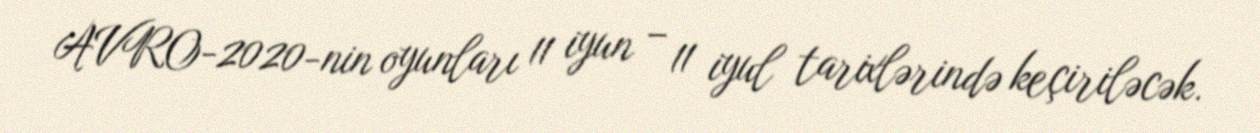
AVRO-2020-nin oyunları 11 iyun – 11 iyul tarixlərində keçiriləcək.